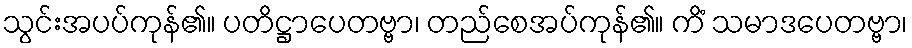
သွင်းအပပ်ကုန်၏။ ပတိဋ္ဌာပေတဗ္ဗာ၊ တည်စေအပ်ကုန်၏။ ကိံ သမာဒပေတဗ္ဗာ၊